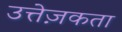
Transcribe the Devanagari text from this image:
उत्तेज़कता